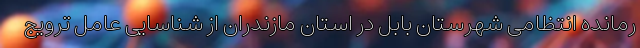
رمانده انتظامی شهرستان بابل در استان مازندران از شناسایی عامل ترویج